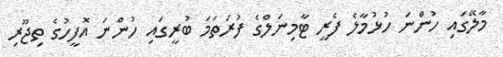
މާލޭގައި ހުންނަ ހުޅުމާލެ ފެރީ ޓާމިނަލްގެ ފުރަތަމަ ބުރީގައި ހުންނަ އޮފީހުގެ ތިޖޫރި